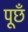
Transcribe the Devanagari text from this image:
पूछँ